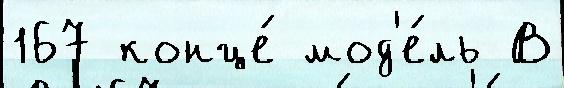
167 конце́ мод'е́ль В